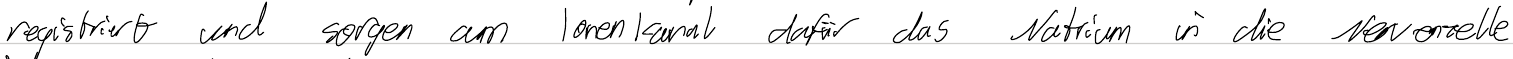
registriert und sorgen am Ionenkanal dafür das Natrium in die Nervenzelle